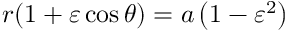
r ( 1 + \varepsilon \cos \theta ) = a \left( 1 - \varepsilon ^ { 2 } \right)